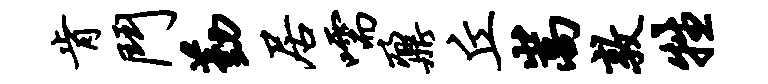
肯斗勤居嚅鼐丘嵩敦牲